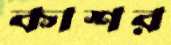
কাশর